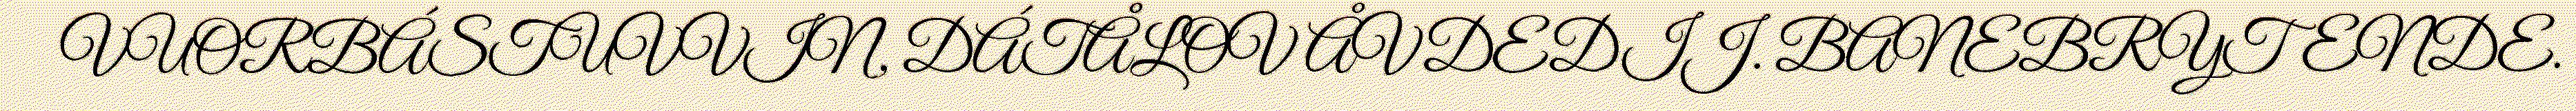
VUORBÁSTUVVIN, DÁTÅLOV ÅVDEDIJ. BANEBRYTENDE.